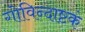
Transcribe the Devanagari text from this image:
गोविन्दाष्टकं